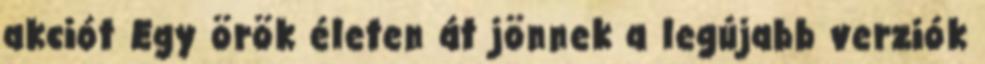
akciót Egy örök életen át jönnek a legújabb verziók